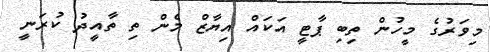
މިވަރުގެ މީހުން ތިބި ޕާޓީ އަކައް އިޔާޒް މެން ތި ތާއީދު ކުރަނީ